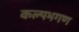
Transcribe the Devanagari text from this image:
कल्पभगण